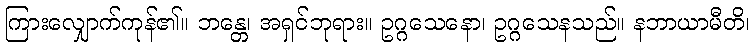
ကြားလျှောက်ကုန်၏။ ဘန္တေ၊ အရှင်ဘုရား။ ဥဂ္ဂသေနော၊ ဥဂ္ဂသေနသည်။ နဘာယာမီတိ၊